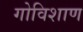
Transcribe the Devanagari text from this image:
गोविशाण